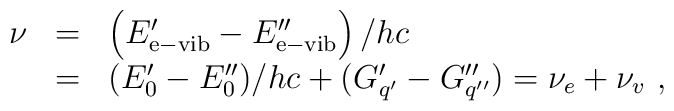
\begin{array}{rcl}\nu&=&\left(E^\prime_{\rm e-vib}-E^{\prime\prime}_{\rm e-vib}\right)/hc\\   &=&(E_0^\prime-E_0^{\prime\prime})/hc+(G^\prime_{q^\prime}-G^{\prime\prime}_{q^{\prime\prime}})=\nu_e+\nu_{v}~,\end{array}